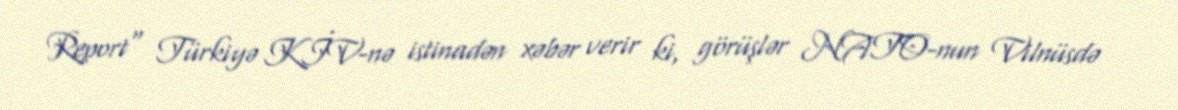
Report" Türkiyə KİV-nə istinadən xəbər verir ki, görüşlər NATO-nun Vilnüsdə